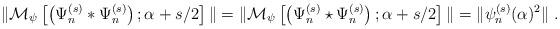
LaTeX: \begin{align*}\|\mathcal{M}_\psi\left[\left({\Psi_n^{(s)}\ast\Psi_n^{(s)}}\right);\alpha+s/2\right]\|=\|\mathcal{M}_\psi\left[\left({\Psi_n^{(s)}\star\Psi_n^{(s)}}\right);\alpha+s/2\right]\|=\|\psi_n^{(s)}(\alpha)^2\|\;.\end{align*}